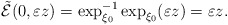
\begin{align*}\tilde{\mathcal{E}}(0,\varepsilon z)=\exp_{\xi_{0}}^{-1}\exp_{\xi_{0}}(\varepsilon z)=\varepsilon z.\end{align*}